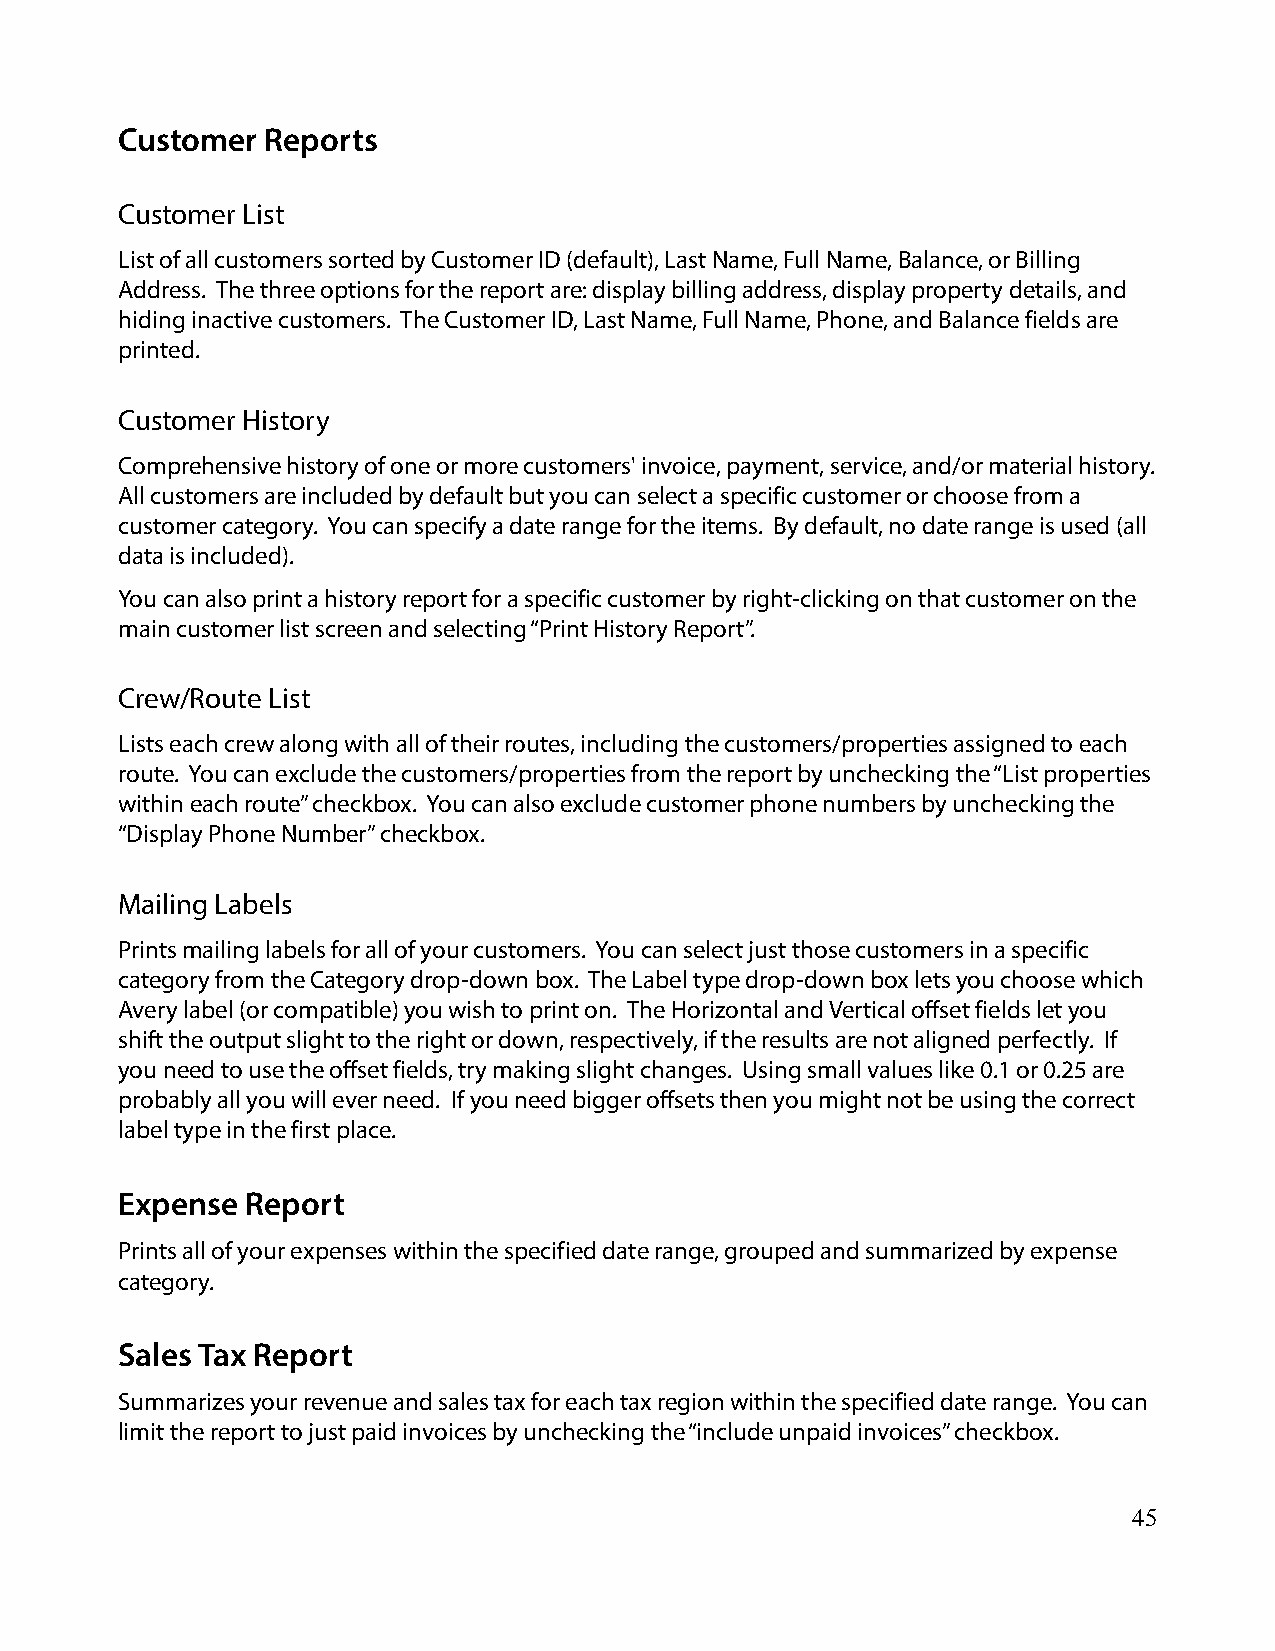
Customer  Reports
 Customer List
 List of all customers sorted by Customer ID (default), Last Name, Full Name, Balance, or Billing
 Address. The three options for the report are: display billing address, display property details, and
 hiding inactive customers. The Customer ID, Last Name, Full Name, Phone, and Balance fields are
 printed.
 Customer History
 Comprehensive history of one or more customers' invoice, payment, service, and/or material history.
 All customers are included by default but you can select a specific customer or choose from a
 customer category. You can specify a date range for the items. By default, no date range is used (all
 data is included).
 You can also print a history report for a specific customer by right-clicking on that customer on the
 main customer list screen and selecting “Print History Report”.
 Crew/Route List
 Lists each crew along with all of their routes, including the customers/properties assigned to each
 route. You can exclude the customers/properties from the report by unchecking the “List properties
 within each route” checkbox. You can also exclude customer phone numbers by unchecking the
 “Display Phone Number” checkbox.
 Mailing Labels
 Prints mailing labels for all of your customers. You can select just those customers in a specific
 category from the Category drop-down box. The Label type drop-down box lets you choose which
 Avery label (or compatible) you wish to print on. The Horizontal and Vertical offset fields let you
 shift the output slight to the right or down, respectively, if the results are not aligned perfectly. If
 you need to use the offset fields, try making slight changes. Using small values like 0.1 or 0.25 are
 probably all you will ever need. If you need bigger offsets then you might not be using the correct
 label type in the first place.
 Expense Report
 Prints all of your expenses within the specified date range, grouped and summarized by expense
 category.
 Sales Tax Report
 Summarizes your revenue and sales tax for each tax region within the specified date range. You can
 limit the report to just paid invoices by unchecking the “include unpaid invoices” checkbox.
 45